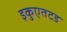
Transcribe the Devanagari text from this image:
इकुएतटड